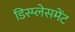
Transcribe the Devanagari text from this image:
डिस्प्लेसमेंट